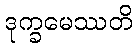
ဒုက္ခမေဿတိ